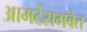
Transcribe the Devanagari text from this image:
आमटेंसमवेत